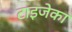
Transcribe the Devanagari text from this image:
टाइजेका